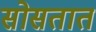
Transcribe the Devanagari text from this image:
सोसतात